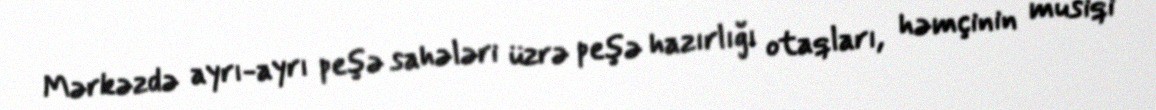
Mərkəzdə ayrı-ayrı peşə sahələri üzrə peşə hazırlığı otaqları, həmçinin musiqi